38_143685_box_Incident_Summaries_101-172
Agency: Department of War
Page 97
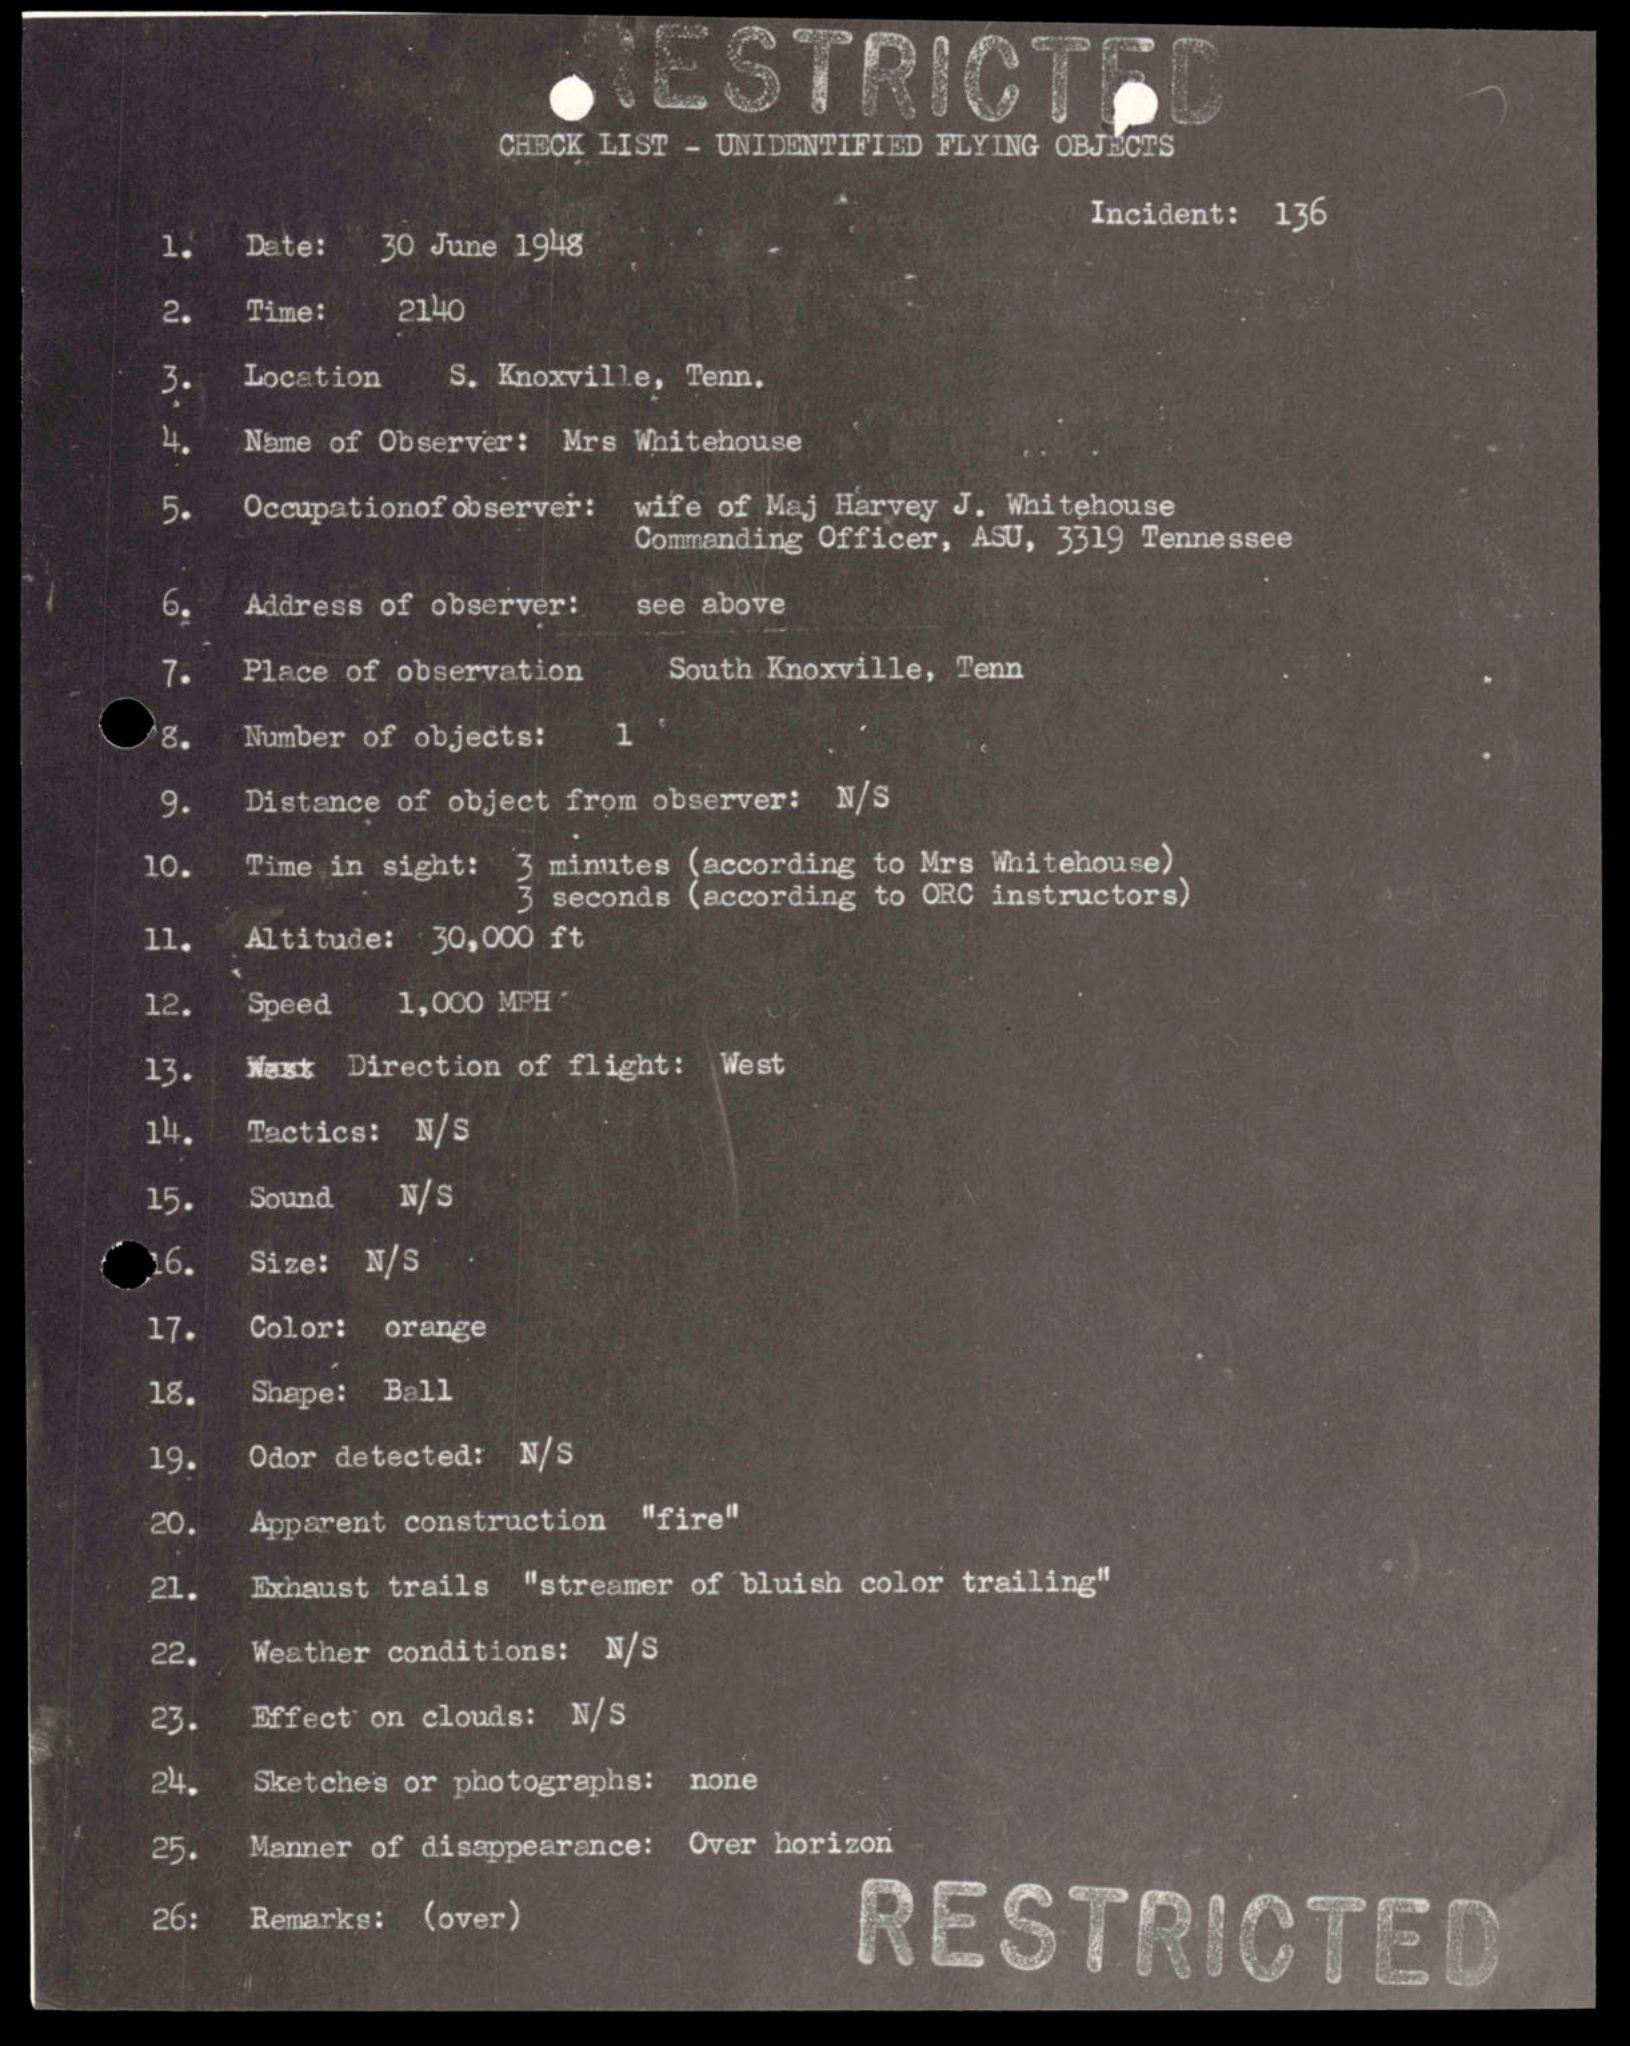